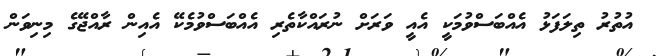
އުތުރު ތިލަފަޅު އެއްބަސްވުމަކީ އެއީ ވަރަށް ނުރައްކާތެރި އެއްބަަސްވުމެކޭ އެއިން ރާއްޖޭގެ މިނިވަން